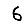
Digit: 6